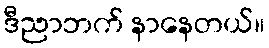
ဒီညာဘက် နာနေတယ်။